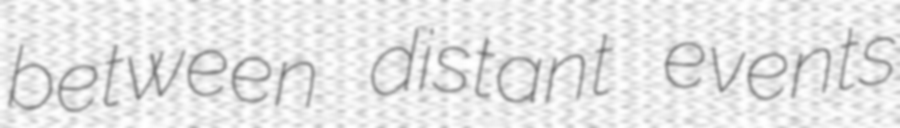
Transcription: between distant events